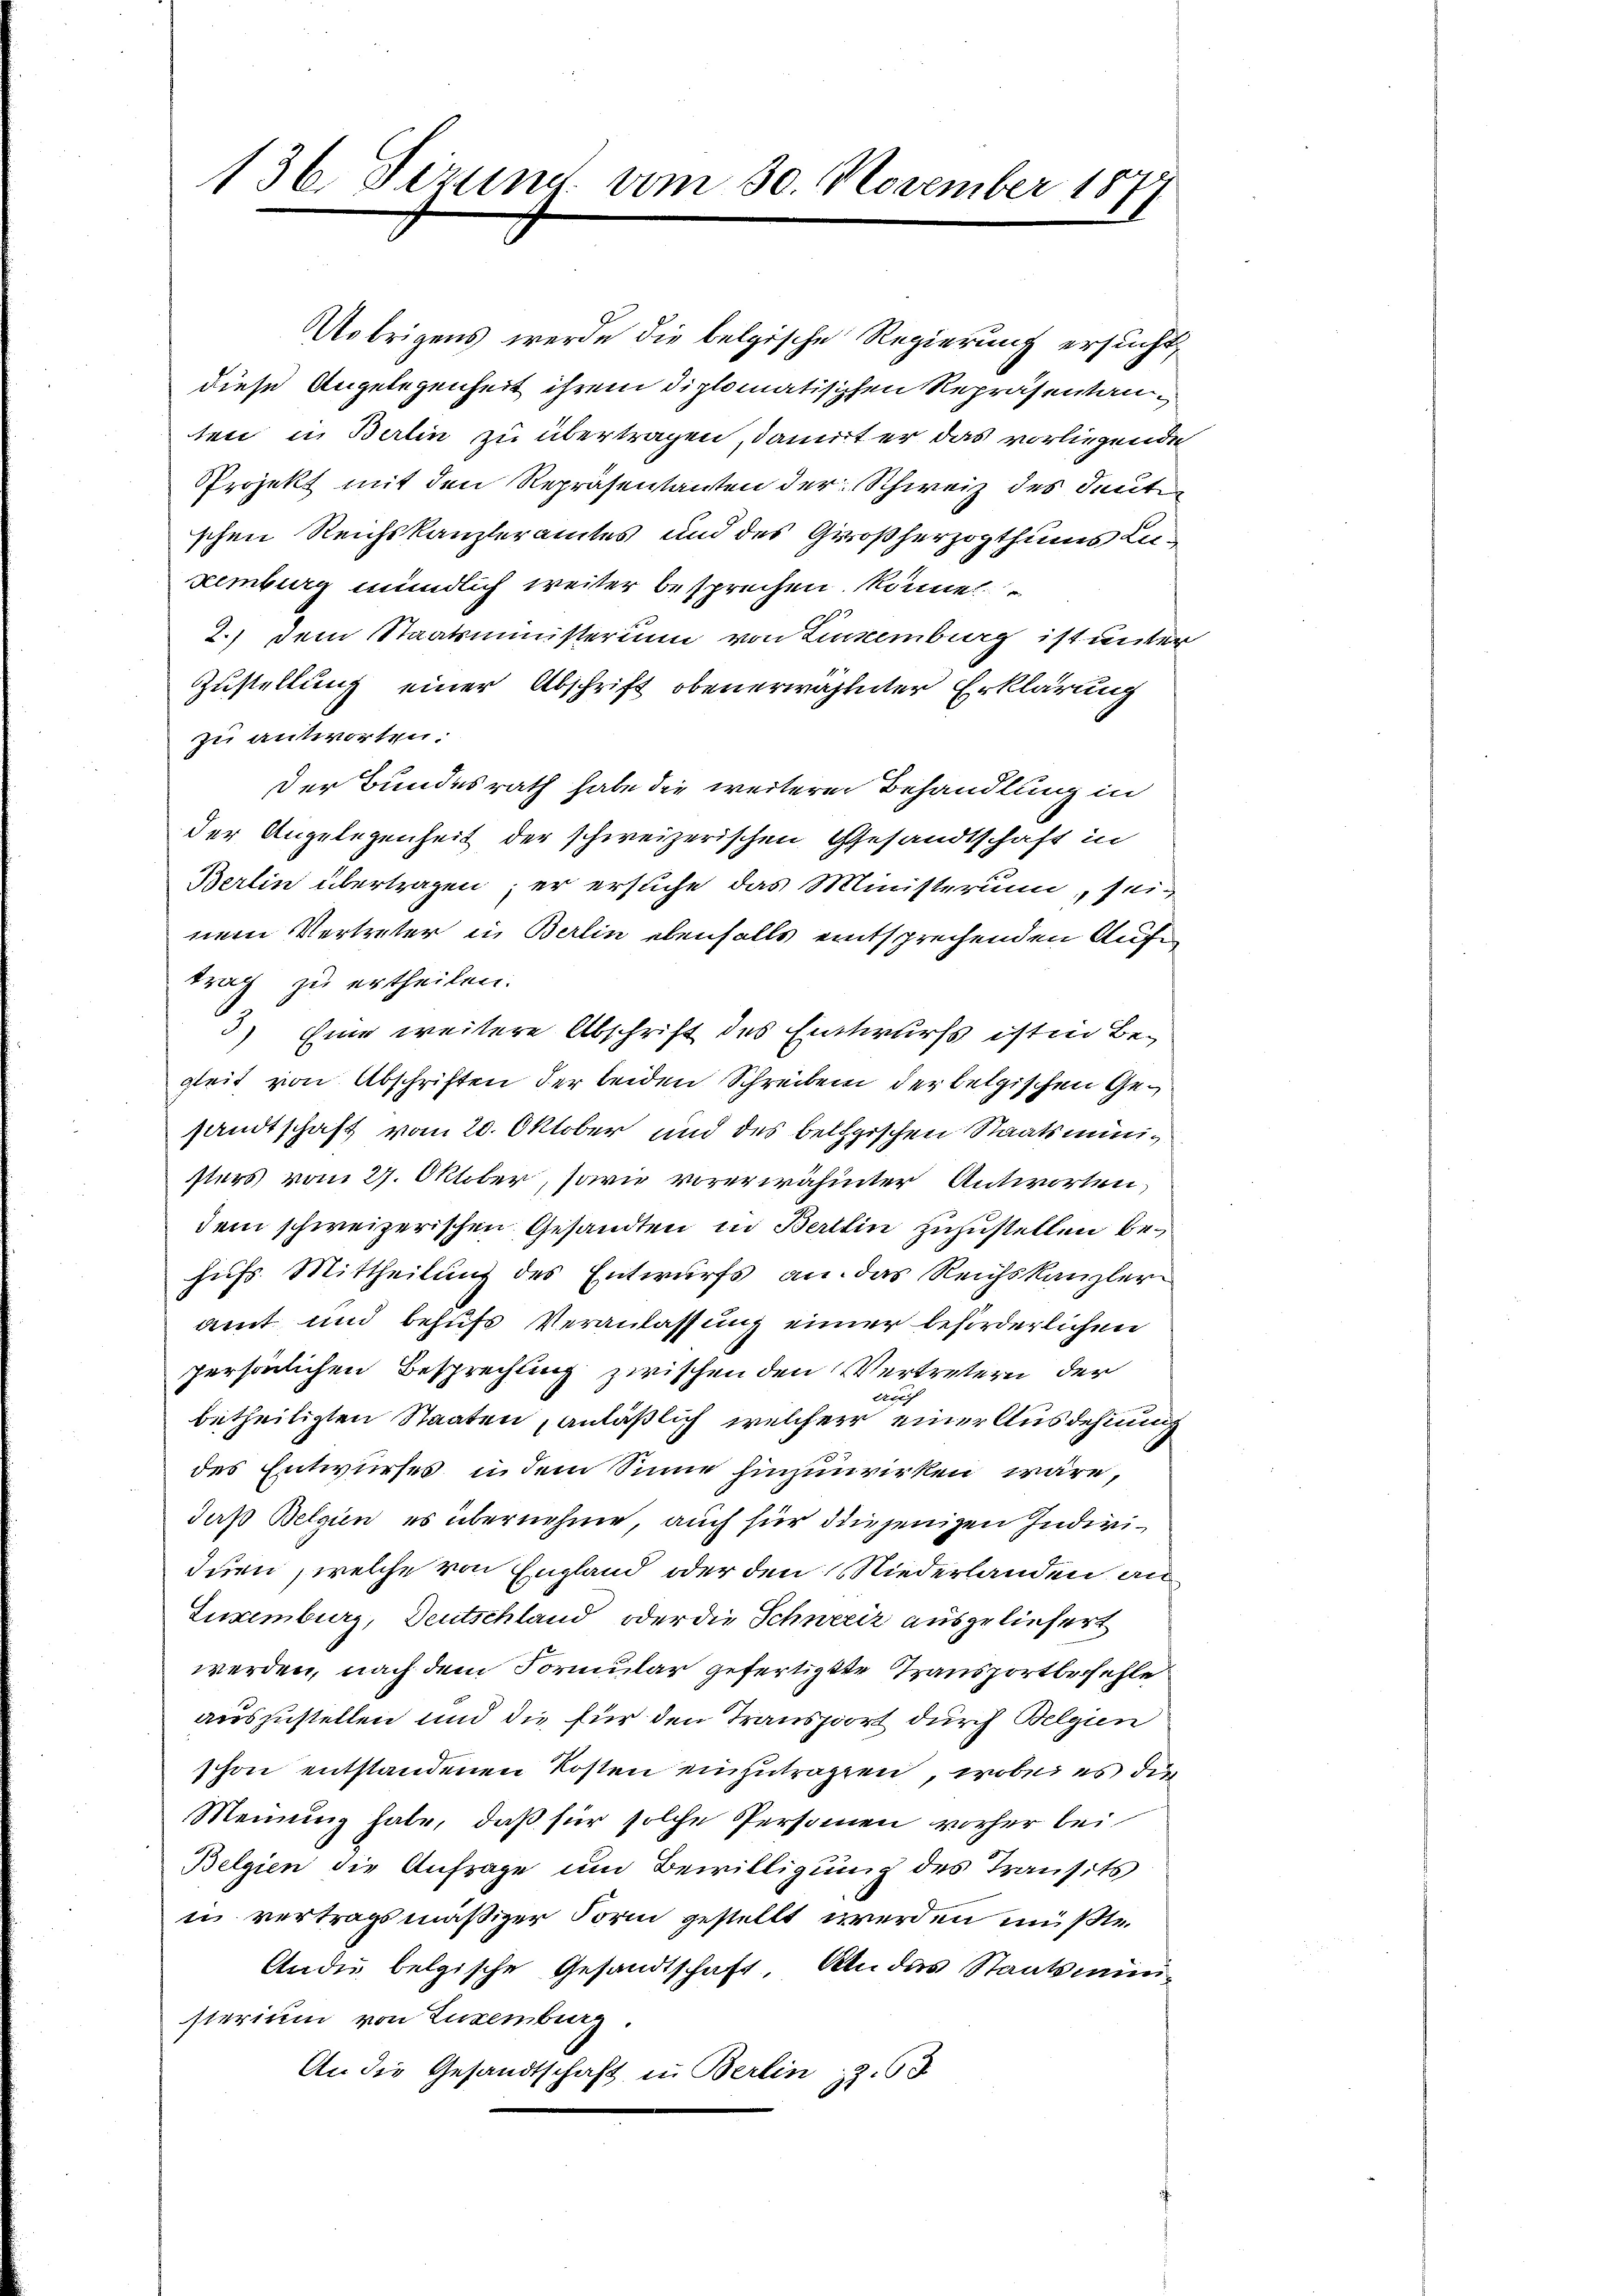
136. Fezung vom 30. November 187

trag zu ertheilen.
3) Eine weitere Abschrift des Entwurfs ist in Begleit von Abschriften der beiden Schreiben der letzischen Gesandtschaft vom 20. Oktober und des belgischen Staatsminig
sters vom 27. Oktober, sowie vorerwähnter Antworten,
dem schweizerischen Gesandten in Berthin zuzustellen behufs Mittheilung des Entwurfs an das Reichskanzler
amt und behufs Veranlassung einer beförderlichen
persönlichen Besprechung zwischen den Vertretern der
Abeg
betheiligten Staaten, anläßlich welcher einer Ausdehnung
des Entwurfes in dem Sinne hinzurirken wäre,
daß Belgien, es übernehme, auch für diejenigen Indivi¬
Iurn, welche von England oder den Niederlanden an
Luxenburg, Deutschland oder die Schweiz ausgeliefert
werden, nach dem Formular gefertigte Transportbefehle
auszustellen und die für den Transport durch Belgien
schon entstandenen Kosten einzutragen, wobei es die
Meinung habe, daß für solche Personen vorher bei
Belgien die Anfrage um Bewilligung des Transits
in vertragsmäßiger Form gestellt werden müßte.
Andie belgische Gesandtschaft. Als das Staatsmin-
sterium von Luxenburg.
An die Gesandtschaft in Berlin 3.63

Übrigens werde die belgische Regierung ersucht,
diese Angelegenheit ihrem diplomatischen Repräsentanten in Berlin zu übertragen, damit er das vorliegende
Projekt mit den Repräsentanten der Schweiz des deute
schen Reichskanzleramtes und des Großherzogthums Luximburg mündlich weiter besprechen könne
2.) Dem Staatsministerium von Linzenburg ist unter
Zustellung einer Abschrift obenerwähnter Erklärung
zu antworten.
der Bundesrath habe die weitere Behandlung in
der Angelegenheit der schweizerischen Gesandtschaft in
Berlin übertragen; er ersuche das Ministerium, seinem Vertreter in Berlin ebenfalls entsprechenden Aufe